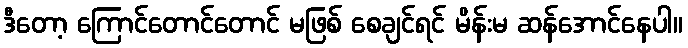
ဒီတော့ ကြောင်တောင်တောင် မဖြစ် စေချင်ရင် မိန်းမ ဆန်အောင်နေပါ။